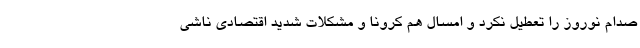
صدام نوروز را تعطیل نکرد و امسال هم کرونا و مشکلات شدید اقتصادی ناشی